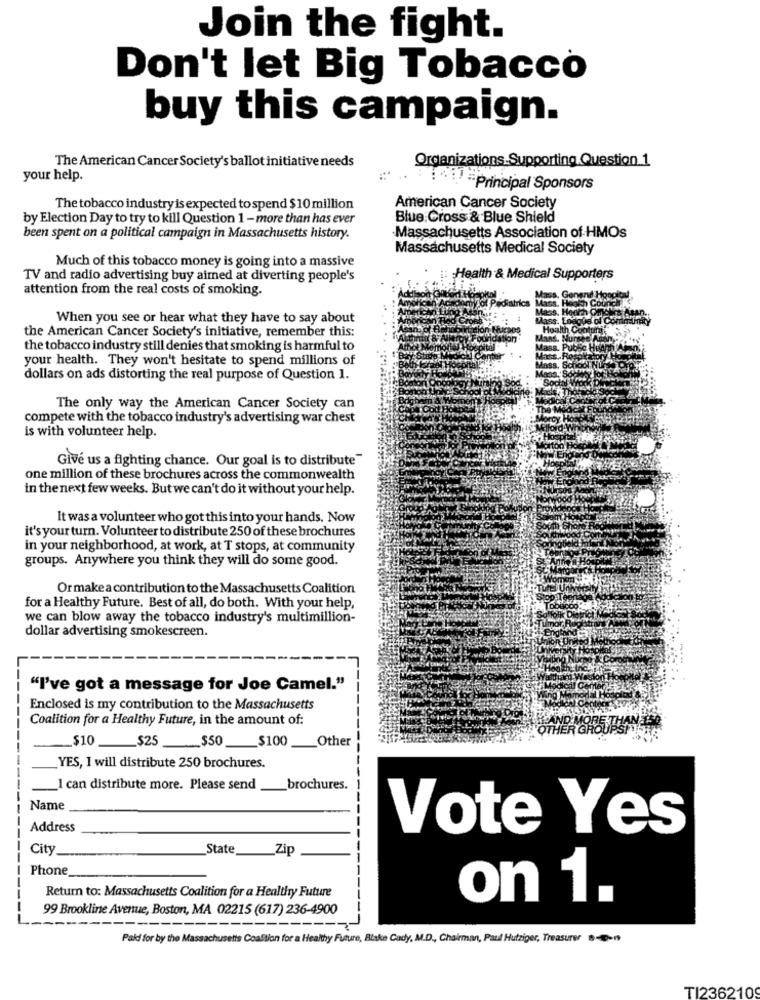
Join the fight.
Don't let Big Tobacco
buy this campaign.
The American Cancer Society's ballot initiative needs
Organizations.Supporting Question 1
your help.
:- Principal Sponsors
The tobacco industry is expected to spend $ 10 million
American Cancer Society
by Election Day to try to kill Question 1 - more than has ever
Blue Cross & Blue Shield
been spent on a political campaign in Massachusetts history.
Massachusetts Association of HMOs
Massachusetts Medical Society
Much of this tobacco money is going into a massive
TV and radio advertising buy aimed at diverting people's
: Health & Medical Supporters
attention from the real costs of smoking.
When you see or hear what they have to say about
the American Cancer Society's initiative, remember this:
the tobacco industry still denies that smoking is harmful to
your health. They won't hesitate to spend millions of
dollars on ads distorting the real purpose of Question 1.
The only way the American Cancer Society can
compete with the tobacco industry's advertising war chest
is with volunteer help.
Give us a fighting chance. Our goal is to distribute"
one million of these brochures across the commonwealth
in the next few weeks. But we can't do it without your help.
It was a volunteer who got this into your hands. Now
it's your turn. Volunteer to distribute 250 of these brochures
in your neighborhood, at work, at T stops, at community
groups. Anywhere you think they will do some good.
Or make a contribution to the Massachusetts Coalition
for a Healthy Future. Best of all, do both. With your help,
we can blow away the tobacco industry's multimillion-
dollar advertising smokescreen.
"I've got a message for Joe Camel."
Enclosed is my contribution to the Massachusetts
Coalition for a Healthy Future, in the amount of:
$10 $25 $50 $100 Other
YES, I will distribute 250 brochures.
_I can distribute more. Please send
brochures.
Name
Address
Vote Yes
City_
State
Zip
Phone
Return to: Massachusetts Coalition for a Healthy Future
on 1.
99 Brookline Avenue, Boston, MA 02215 (617) 236-4900
Paldi for by the Massachusetts Coalition for a Healthy Future, Blake Cady, M.D ., Chairman, Paul Hutziger, Treasurer --
TI2362109